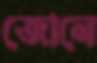
জোনে